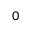
_ { 0 }